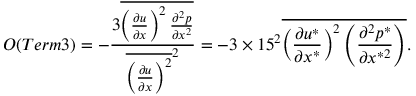
{ \cal O } ( T e r m 3 ) = - \frac { 3 \overline { { \left( \frac { \partial u } { \partial x } \right) ^ { 2 } \frac { \partial ^ { 2 } p } { \partial x ^ { 2 } } } } } { \overline { { \left( \frac { \partial u } { \partial x } \right) ^ { 2 } } } ^ { 2 } } = - 3 \times 1 5 ^ { 2 } \overline { { \left( \frac { \partial u ^ { * } } { \partial x ^ { * } } \right) ^ { 2 } \left( \frac { \partial ^ { 2 } p ^ { * } } { \partial x ^ { * 2 } } \right) } } .